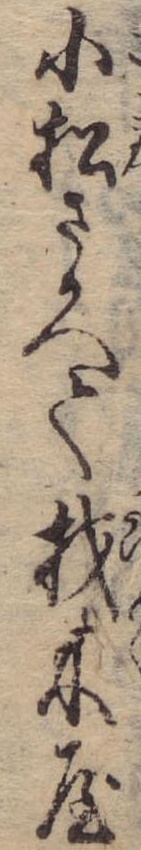
小松さかへて材木屋